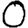
Digit: 0